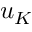
u _ { K }